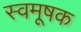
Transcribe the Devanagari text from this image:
स्वमूषक